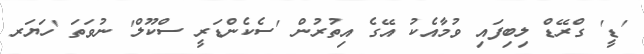
'ޑީ' ގްރޭޑް ލިބިފައި ވުމާއެކު އޭގެ އިތުރުން 'ސެކެންޑަރީ ސްކޫލް' ނުވަތަ 'ހަޔަރ